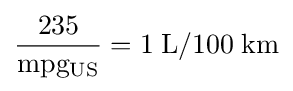
{\frac {235}{\rm {mpg_{US}}}}={\rm {1\;L/100\;km}}